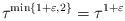
LaTeX: \begin{align*}\tau^{\min\{1+\varepsilon,2\}} = \tau^{1+\varepsilon}\end{align*}